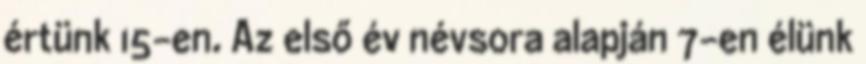
értünk 15-en. Az első év névsora alapján 7-en élünk